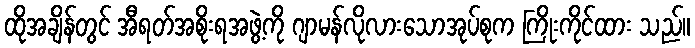
ထိုအချိန်တွင် အီရတ်အစိုးရအဖွဲ့ကို ဂျာမန်လိုလားသောအုပ်စုက ကြိုးကိုင်ထား သည်။